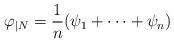
LaTeX: \begin{align*}\varphi_{|N} = \frac{1}{n} (\psi_1 + \cdots + \psi_n) \end{align*}